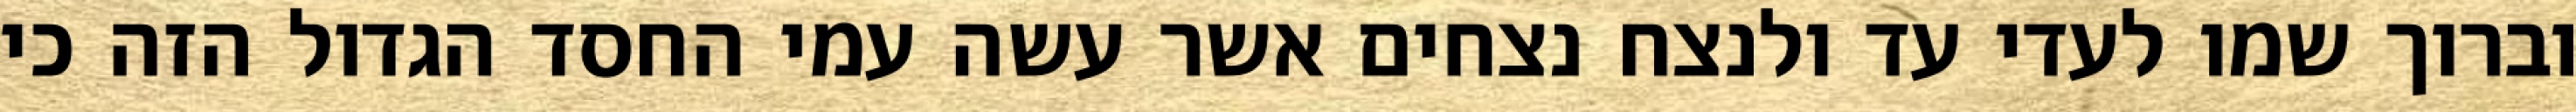
וברוך שמו לעדי עד ולנצח נצחים אשר עשה עמי החסד הגדול הזה כי